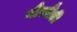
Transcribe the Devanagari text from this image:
नौरमैंडी